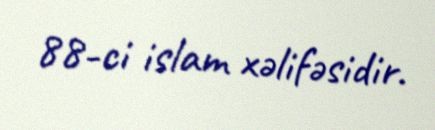
88-ci islam xəlifəsidir.